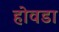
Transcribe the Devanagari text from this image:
होवडा